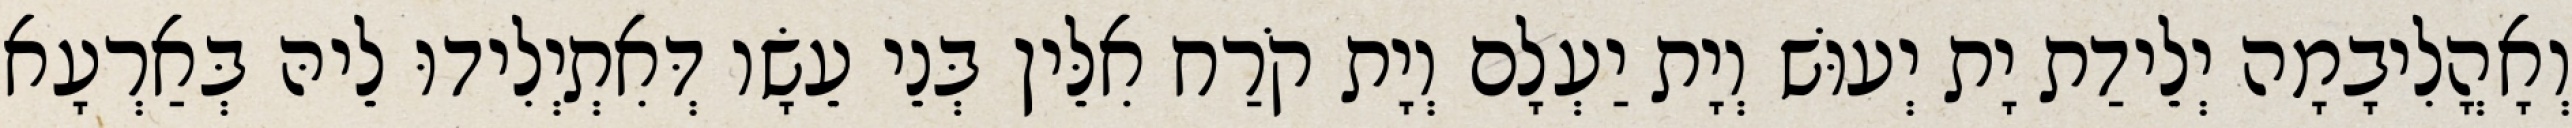
וְאָהֳלִיבָמָה יְלֵידַת יָת יְעוּשׁ וְיָת יַעְלָם וְיָת קֹרַח אִלֵּין בְּנֵי עֵשָׂו דְּאִתְיְלִידוּ לֵיהּ בְּאַרְעָא